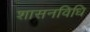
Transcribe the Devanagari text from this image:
शासनविधि